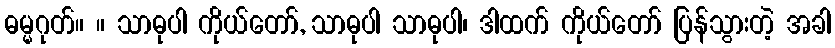
ဓမ္မဂုတ်။ ။ သာဓုပါ ကိုယ်တော်, သာဓုပါ သာဓုပါ၊ ဒါထက် ကိုယ်တော် ပြန်သွားတဲ့ အခါ